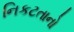
નિકટતાનો